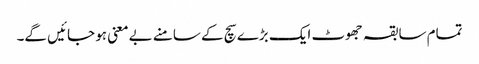
تمام سابقہ جھوٹ ایک بڑے سچ کے سامنے بےمعنی ہو جائیں گے۔